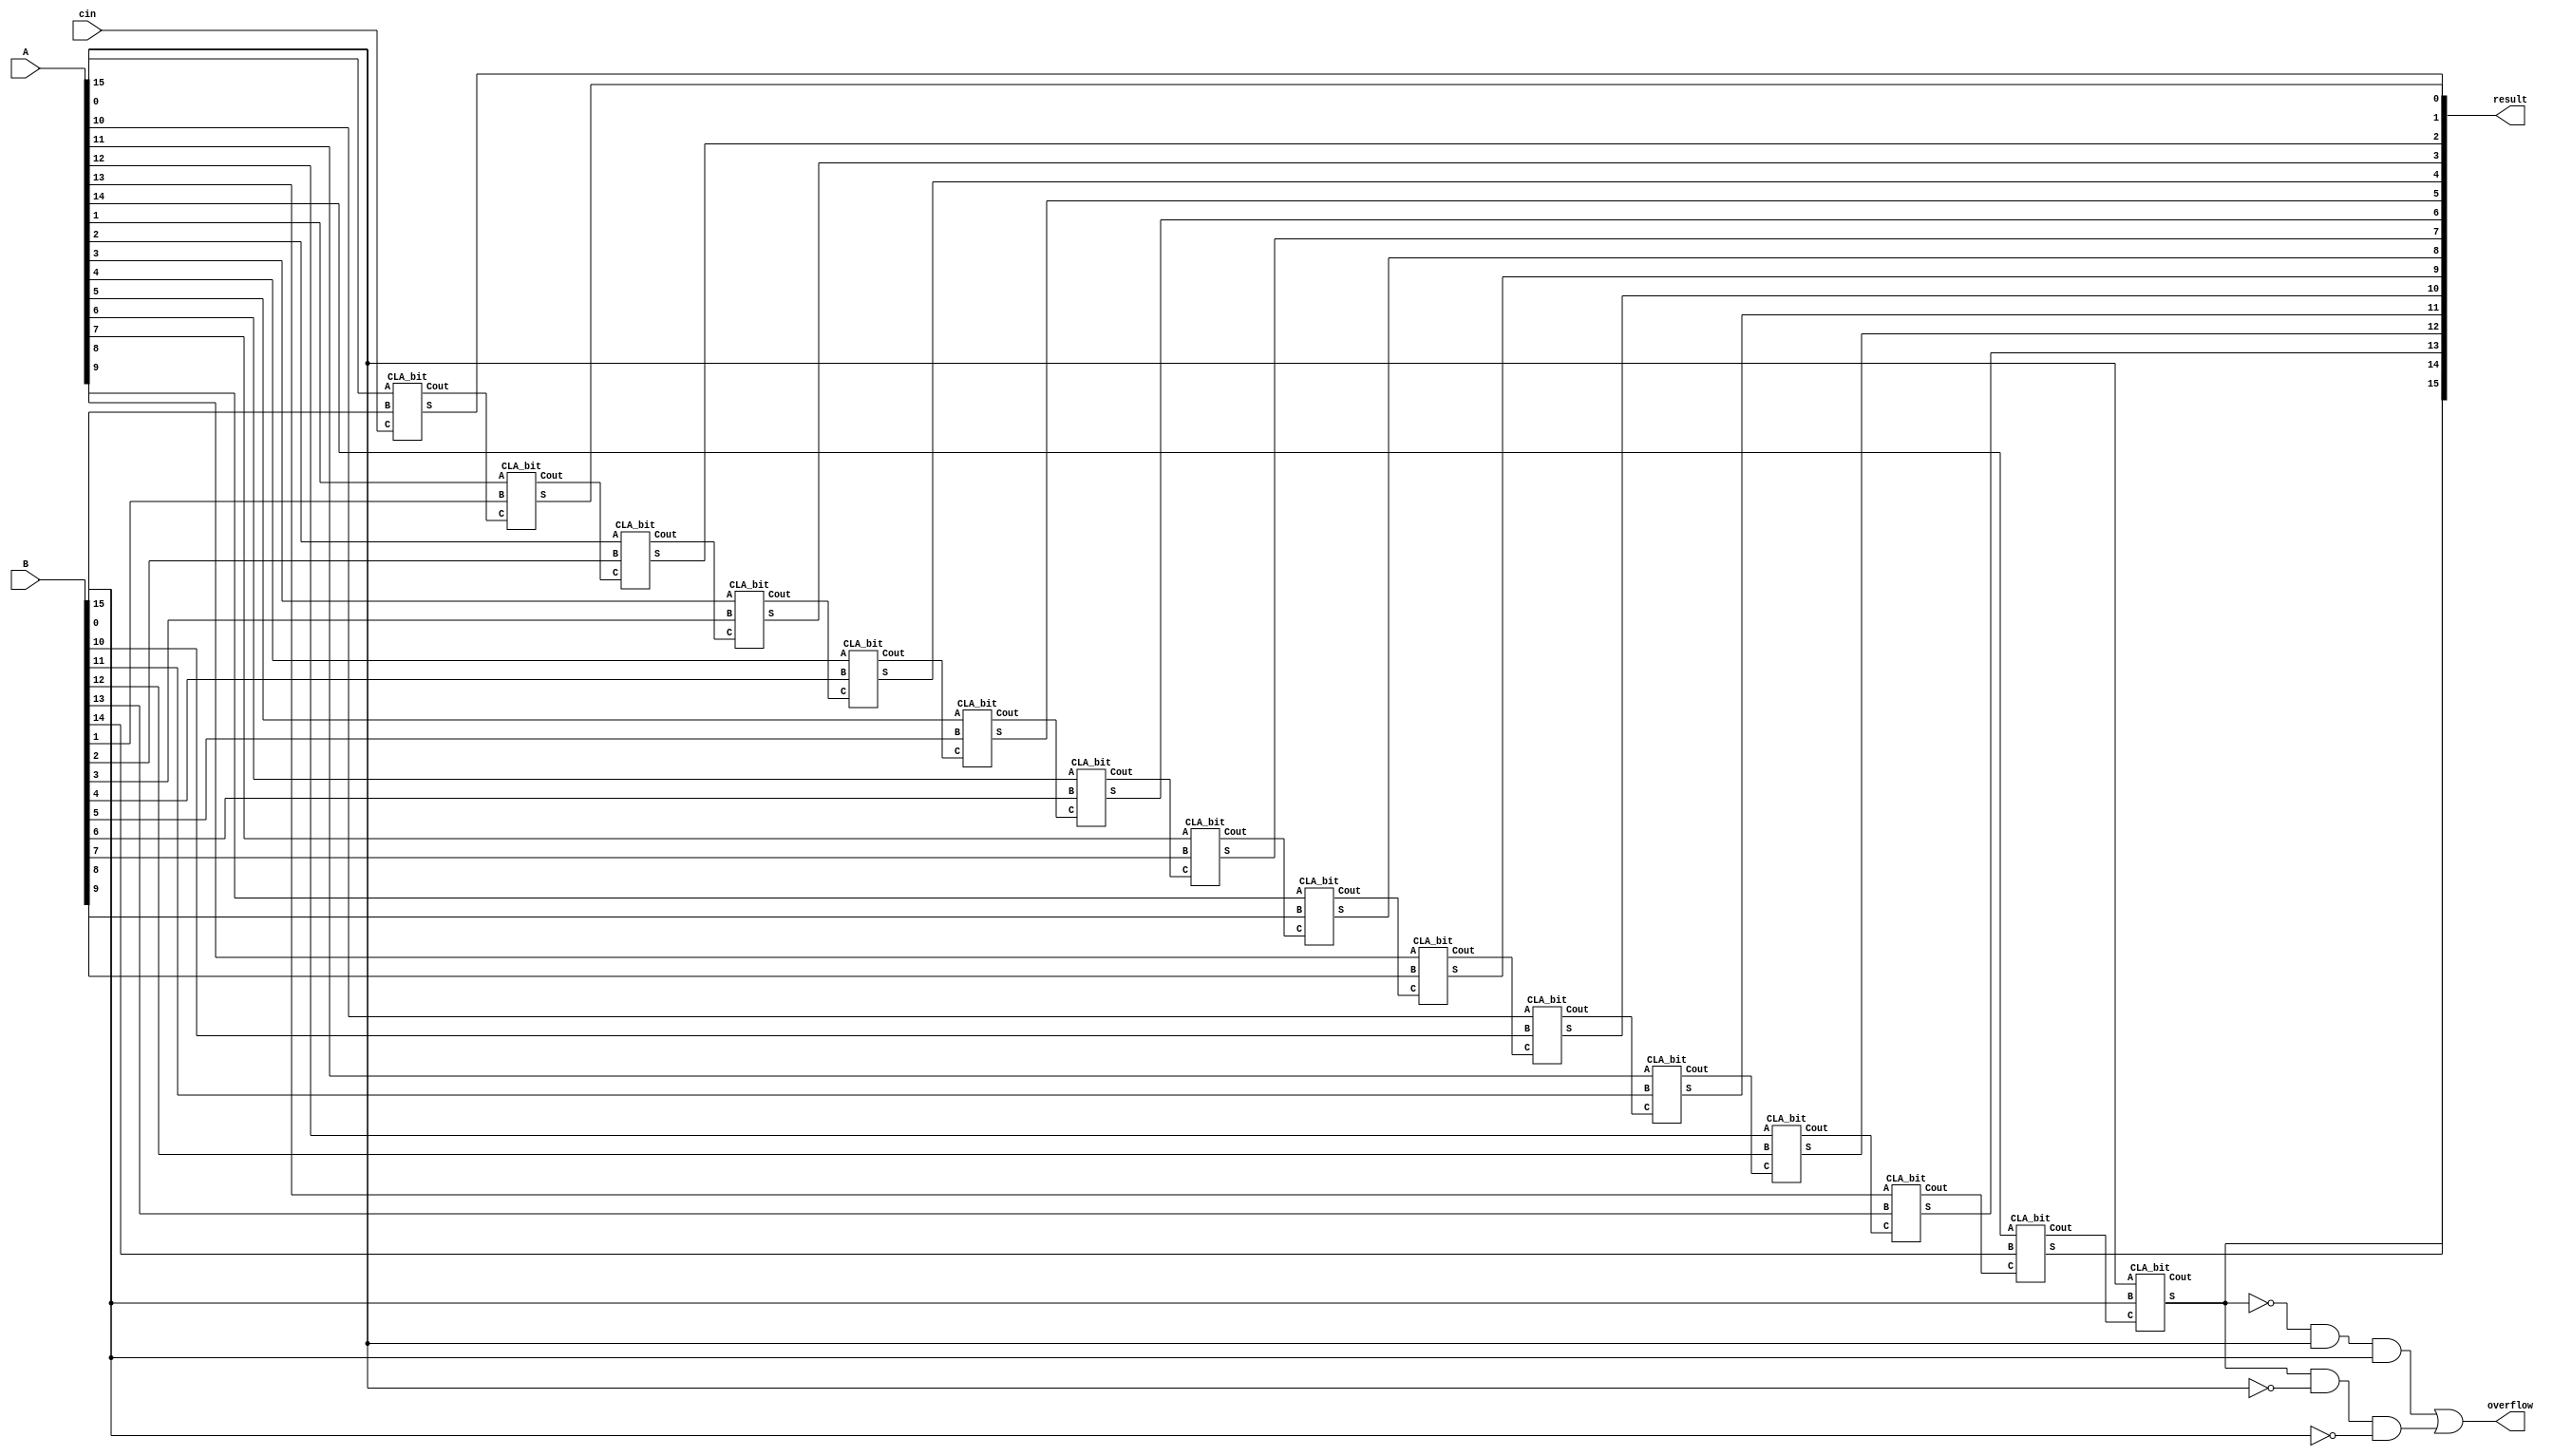
module Add_Sub
#(      
    parameter DATA_WIDTH = 16
 )

(
    input signed[DATA_WIDTH-1 : 0] A,
    input signed[DATA_WIDTH-1 : 0] B,
    output[DATA_WIDTH-1 : 0 ] result,
	output overflow,
	input cin
    
);


wire[DATA_WIDTH-1  : 0 ] S;
wire[DATA_WIDTH  : 0 ] C;

assign C[0] = cin ;

    genvar i;
    generate 
        for ( i = 0; i < DATA_WIDTH; i = i + 1 )
        begin
           CLA_bit U1 (
                         .A( A[i] ),
                         .B( B[i] ),
                         .C( C[i] ),
                         .S( S[i]),
                         .Cout( C[i+1] )
                         
                         ); 
        end 
    endgenerate  
    
assign result = S;
assign overflow = (~result[DATA_WIDTH-1]&A[DATA_WIDTH-1]&B[DATA_WIDTH-1])|(result[DATA_WIDTH-1]&(~A[DATA_WIDTH-1])&(~B[DATA_WIDTH-1]));

endmodule


module CLA_bit 
(   
    input  A,
    input  B,
    input  C,
    output S,
    output Cout
); 
 wire P , G ;
 assign P = A ^ B;
 assign G = A & B;
 assign S = P ^ C;
 assign Cout = G | (P & C );

    
endmodule